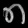
Digit: ၈